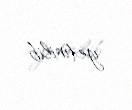
yetirilib.